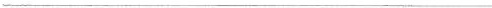
___